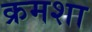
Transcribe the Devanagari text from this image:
क्रमशा